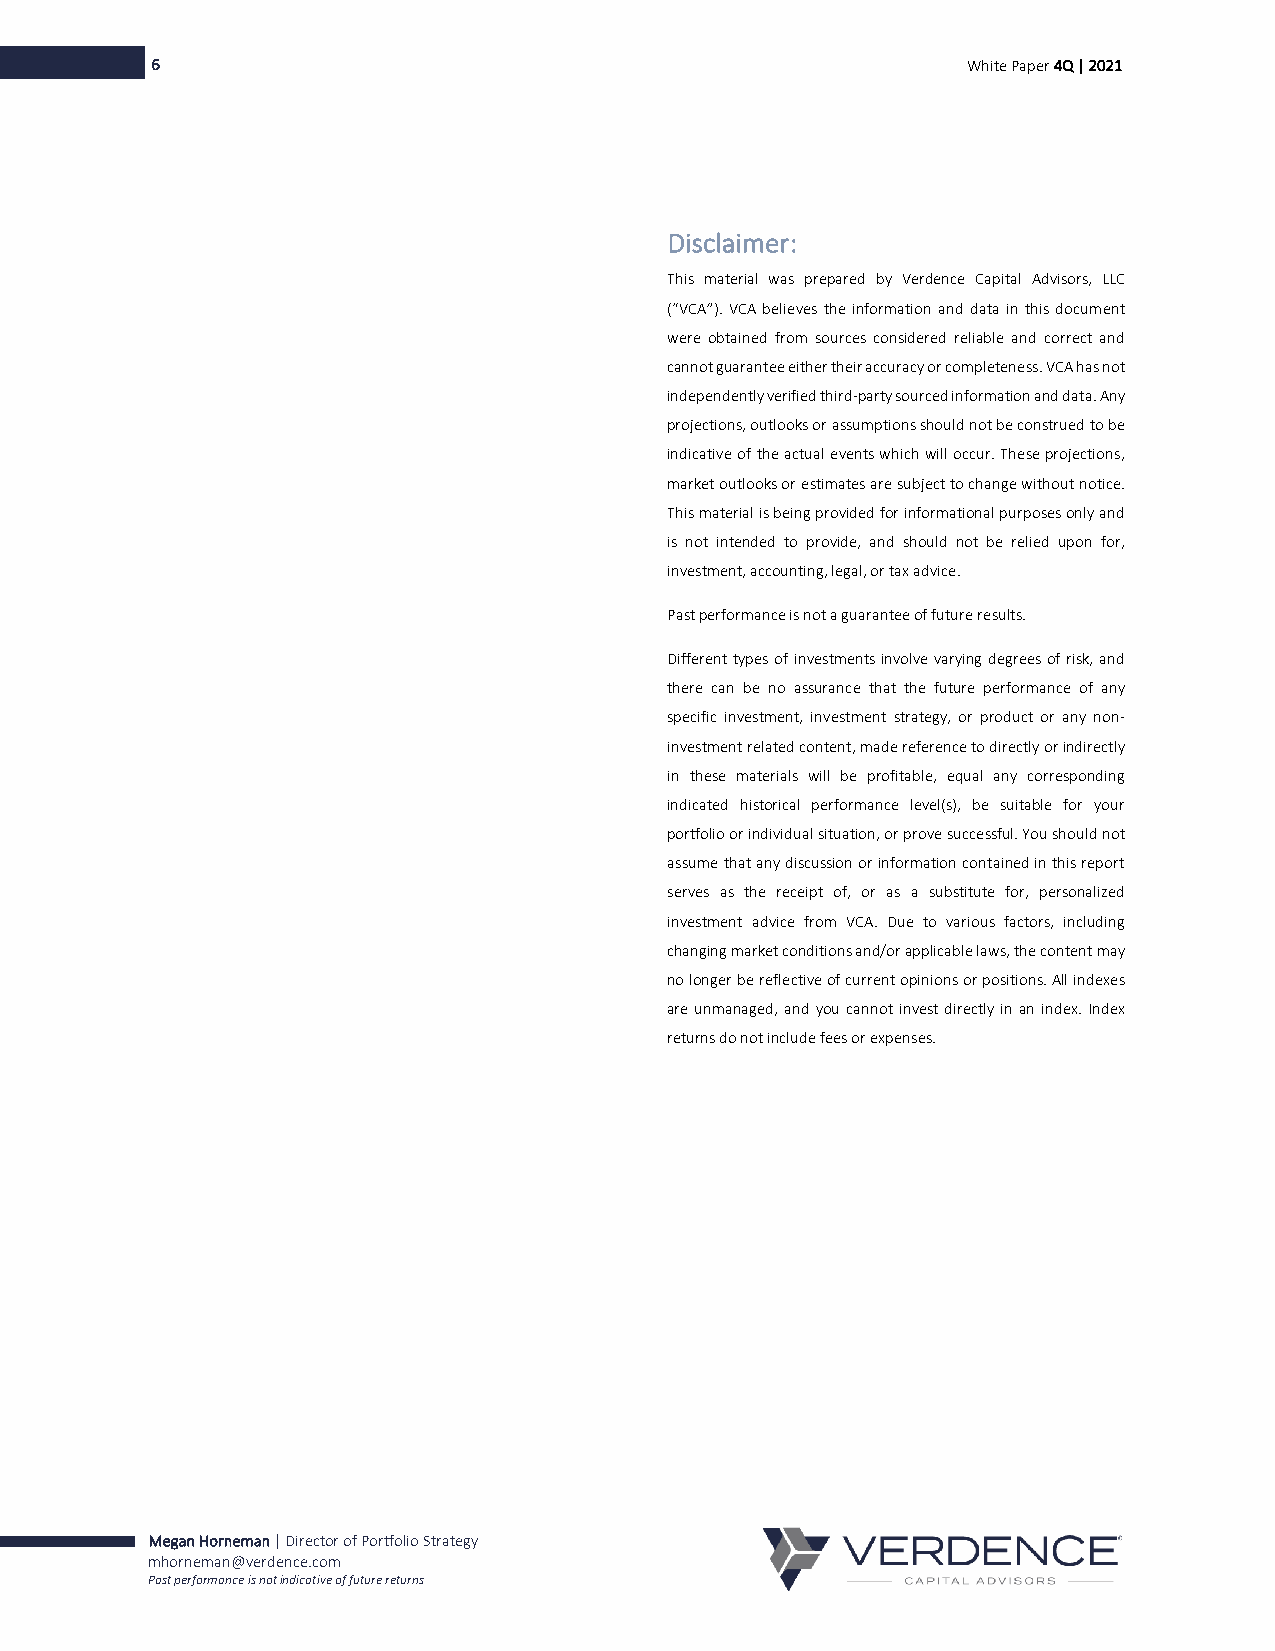
6                                                     White Paper 4Q | 2021
 Disclaimer:
 This material was prepared by Verdence Capital Advisors, LLC
 (“VCA”). VCA believes the information and data in this document
 were obtained from sources considered reliable and correct and
 cannot guarantee either their accuracy or completeness. VCA has not
 independently verified third-party sourced information and data. Any
 projections, outlooks or assumptions should not be construed to be
 indicative of the actual events which will occur. These projections,
 market outlooks or estimates are subject to change without notice.
 This material is being provided for informational purposes only and
 is not intended to provide, and should not be relied upon for,
 investment, accounting, legal, or tax advice.
 Past performance is not a guarantee of future results.
 Different types of investments involve varying degrees of risk, and
 there can be no assurance that the future performance of any
 specific investment, investment strategy, or product or any non-
 investment related content, made reference to directly or indirectly
 in these materials will be profitable, equal any corresponding
 indicated historical performance level(s), be suitable for your
 portfolio or individual situation, or prove successful. You should not
 assume that any discussion or information contained in this report
 serves as the receipt of, or as a substitute for, personalized
 investment advice from VCA. Due to various factors, including
 changing market conditions and/or applicable laws, the content may
 no longer be reflective of current opinions or positions. All indexes
 are unmanaged, and you cannot invest directly in an index. Index
 returns do not include fees or expenses.
 Megan Horneman | Director of Portfolio Strategy
 mhorneman@verdence.com
 Past performance is not indicative of future returns